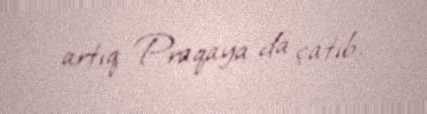
artıq Praqaya da çatıb.